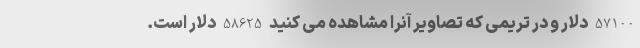
57100 دلار و در تریمی که تصاویر آنرا مشاهده می کنید 58625 دلار است.